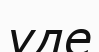
үде